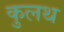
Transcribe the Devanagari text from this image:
कुलथ